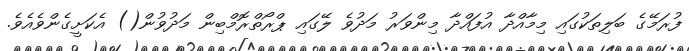
ފުރަމޭގެ ބަލިތަކުގައި މިމާއްދާ އުފައްދާ މިންވަރު މަދުވެ ލޭގައި ޕްރޯތްރޮމްބިން މަދުވުން() އެކަށީގެންވެއެވެ.